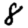
Digit: 8